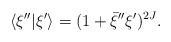
LaTeX: \begin{align*}\langle \xi^{\prime\prime}\vert \xi^\prime\rangle=(1+\bar\xi^{\prime\prime}\xi^\prime)^{2J}.\end{align*}